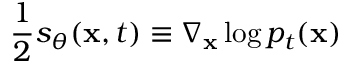
\frac { 1 } { 2 } s _ { \theta } ( \mathbf { x } , t ) \equiv \nabla _ { \mathbf { x } } \log p _ { t } ( \mathbf { x } )